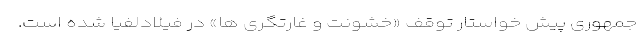
جمهوری پیش خواستار توقف «خشونت و غارتگری ها» در فیلادلفیا شده است.